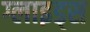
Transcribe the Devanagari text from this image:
ग्लाइड्स